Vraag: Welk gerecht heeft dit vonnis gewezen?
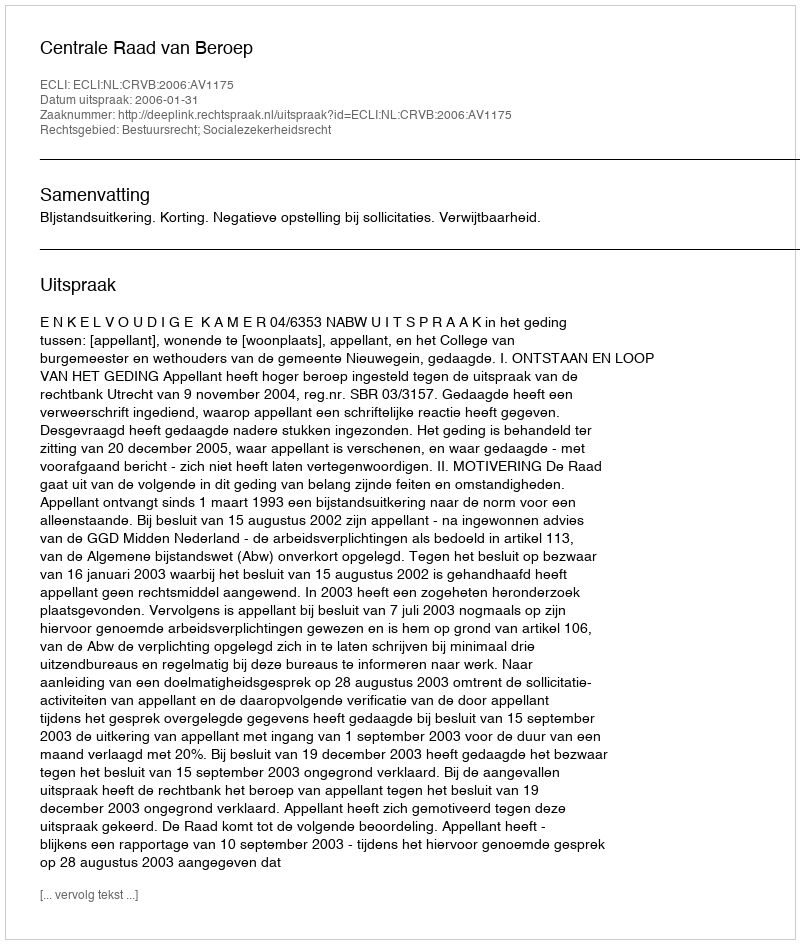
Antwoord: Centrale Raad van Beroep